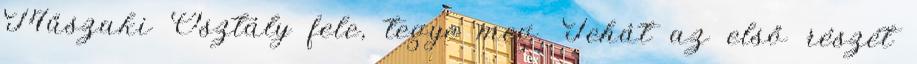
Műszaki Osztály fele, tegye meg. Tehát az első részét